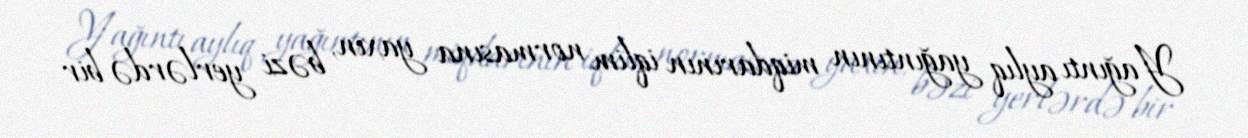
Yağıntı aylıq yağıntının miqdarının iqlim normasına yaxın, bəzi yerlərdə bir